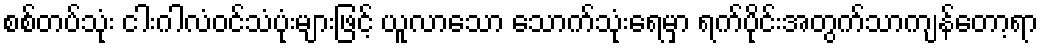
စစ်တပ်သုံး ငါးဂါလံဝင်သံပုံးများဖြင့် ယူလာသော သောက်သုံးရေမှာ ရက်ပိုင်းအတွက်သာကျန်တော့ရာ